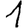
Digit: 1